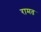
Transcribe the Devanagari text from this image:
रामत